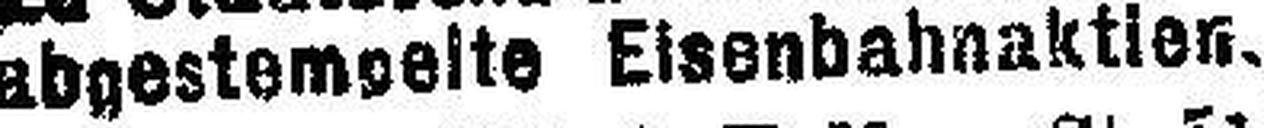
abgestemgelte Eisenbahnaktion.